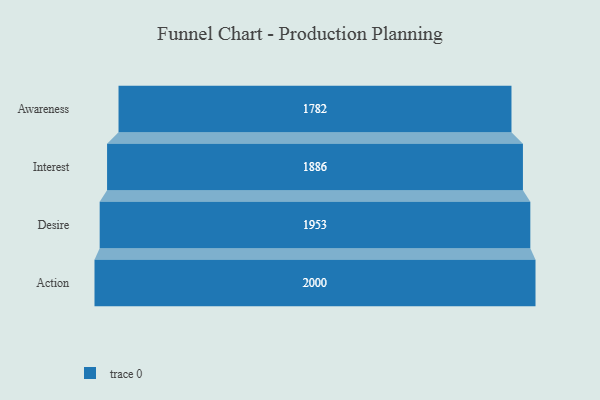
{"axis": {"x": "Stage", "y": "Value"}, "legend": [""], "data": [{"x": "Awareness", "y": 1782.0, "type": ""}, {"x": "Interest", "y": 1886.0, "type": ""}, {"x": "Desire", "y": 1953.0, "type": ""}, {"x": "Action", "y": 2000, "type": ""}]}